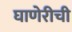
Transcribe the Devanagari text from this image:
घाणेरीची